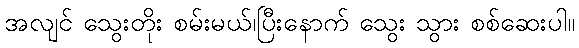
အလျင် သွေးတိုး စမ်းမယ်၊ပြီးနောက် သွေး သွား စစ်ဆေးပါ။